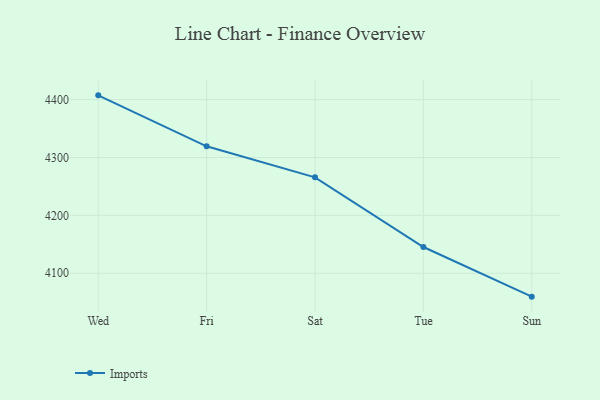
{"axis": {"x": "Day", "y": "Page Views"}, "legend": ["Imports"], "data": [{"x": "Wed", "y": 4407.3, "type": "Imports"}, {"x": "Fri", "y": 4319.3, "type": "Imports"}, {"x": "Sat", "y": 4265.7, "type": "Imports"}, {"x": "Tue", "y": 4145.3, "type": "Imports"}, {"x": "Sun", "y": 4059.6, "type": "Imports"}]}